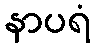
နာပရံ